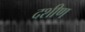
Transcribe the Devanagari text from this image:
दशीण